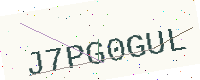
Text: J7PG0GUL